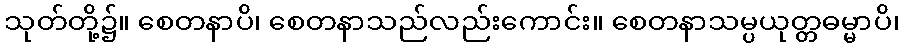
သုတ်တို့၌။ စေတနာပိ၊ စေတနာသည်လည်းကောင်း။ စေတနာသမ္ပယုတ္တဓမ္မာပိ၊